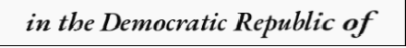
in the Democratic Republic of